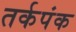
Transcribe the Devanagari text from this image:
तर्कपंक